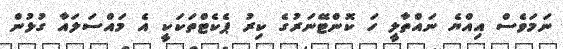
ނަމަވެސް އިއްޔެ ނައްތާލީ ހަ ކޮންޓޭނަރުގެ ކިރު ޕެކެޓްތަކަކީ އެ މައްސަލައާ ގުޅުން